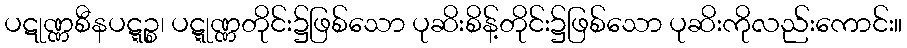
ပဋုဏ္ဏစီနပဋ္ဋဉ္စ၊ ပဋ္ဋုဏ္ဏတိုင်း၌ဖြစ်သော ပုဆိးစိန့်တိုင်း၌ဖြစ်သော ပုဆိးကိုလည်းကောင်း။